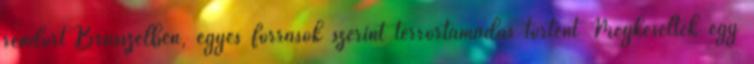
rendőrt Brüsszelben, egyes források szerint terrortámadás történt Megkéseltek egy